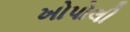
ખોપોલી